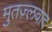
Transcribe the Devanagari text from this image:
मुतज़्लवाद